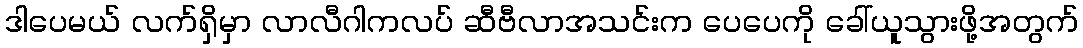
ဒါပေမယ် လက်ရှိမှာ လာလီဂါကလပ် ဆီဗီလာအသင်းက ပေပေကို ခေါ်ယူသွားဖို့အတွက်